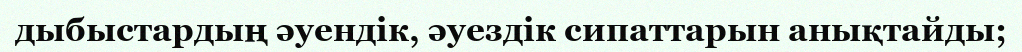
дыбыстардың әуендік, әуездік сипаттарын анықтайды;